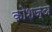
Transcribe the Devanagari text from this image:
कोशज्ञ